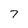
Character: 7